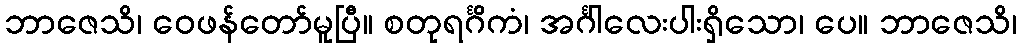
ဘာဇေသိ၊ ဝေဖန်တော်မူပြီ။ စတုရင်္ဂိကံ၊ အင်္ဂါလေးပါးရှိသော၊ ပေ။ ဘာဇေသိ၊